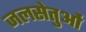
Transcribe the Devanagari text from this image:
जलसेतुओं